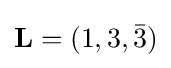
\mathbf {L} =(1,3,{\bar {3}})